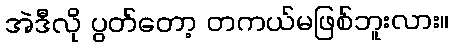
အဲဒီလို ပွတ်တော့ တကယ်မဖြစ်ဘူးလား။